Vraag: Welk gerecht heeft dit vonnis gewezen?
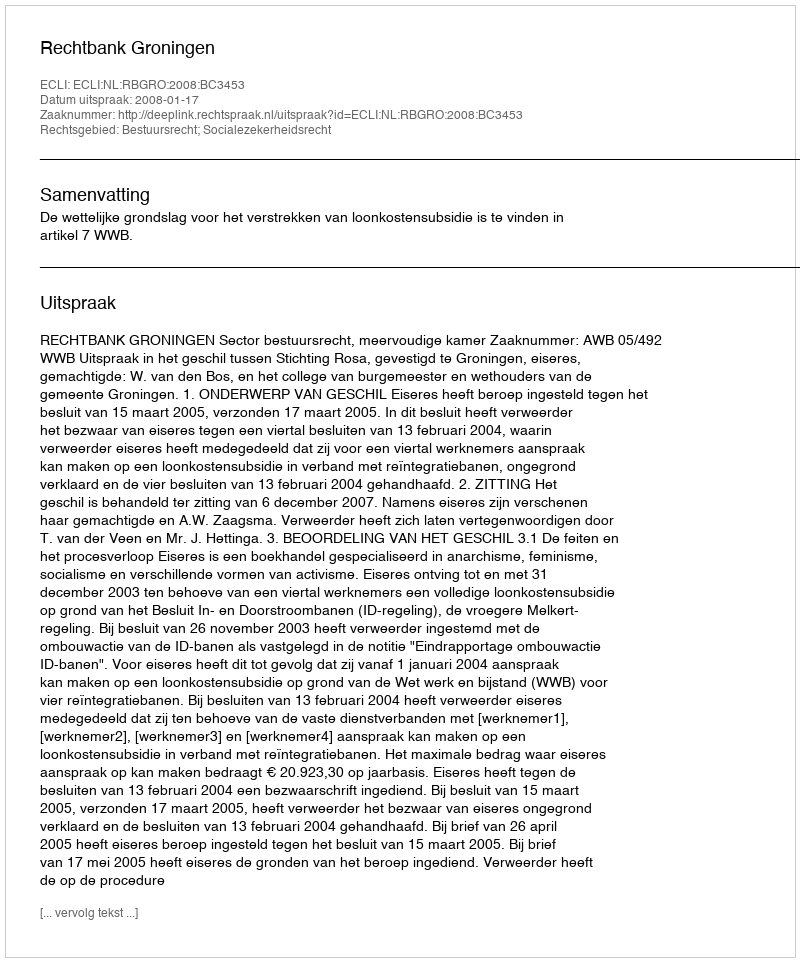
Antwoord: Rechtbank Groningen